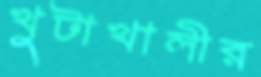
খুটাখালীর